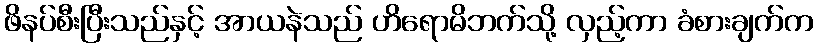
ဖိနပ်စီးပြီးသည်နှင့် အာယနဲသည် ဟိရောမိဘက်သို့ လှည့်ကာ ခံစားချက်က